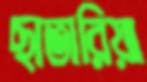
ছাতারিয়া